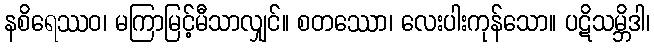
နစိရေဿဝ၊ မကြာမြင့်မီသာလျှင်။ စတဿော၊ လေးပါးကုန်သော။ ပဋိသမ္ဘိဒါ၊